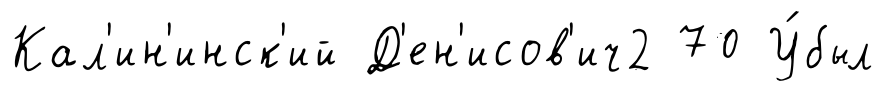
Кал'ин'инск'ий Д'ен'исов'ич2 70 У́был